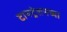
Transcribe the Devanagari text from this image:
टायट्रेशनच्या